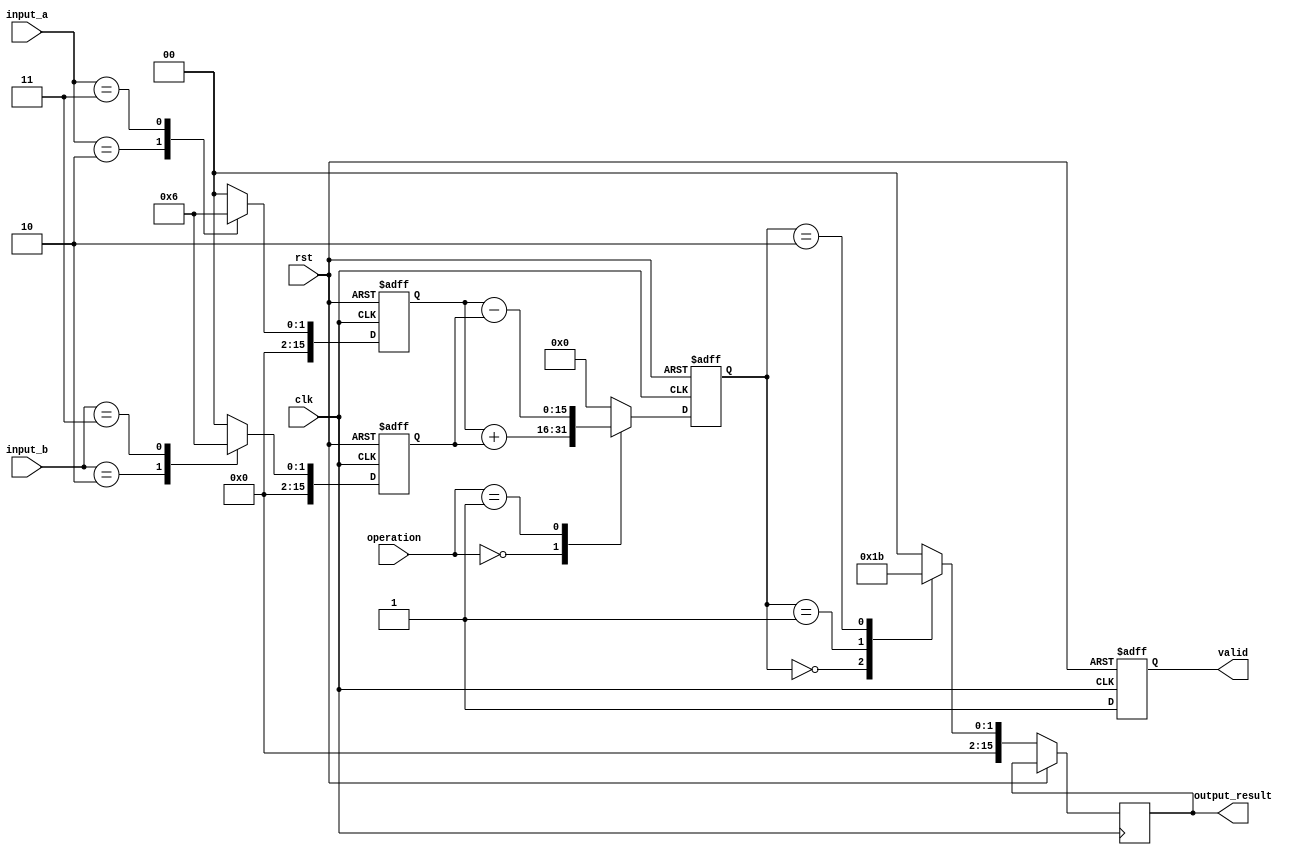
module LogarithmBasedDSPU (
    input clk,
    input rst,
    input [15:0] input_a,  // 16-bit input signal
    input [15:0] input_b,  // 16-bit input signal
    input [1:0] operation,  // 00: Add, 01: Subtract
    output reg [15:0] output_result, // 16-bit output result
    output reg valid // Output valid signal
);

    // Internal signals
    reg [15:0] log_a;
    reg [15:0] log_b;
    reg [15:0] log_result;
    
    // Logarithm Block (using a simple LUT for example)
    function [15:0] logarithm(input [15:0] x);
        // Example LUT for logarithm values
        case (x)
            16'd1: logarithm = 16'd0;
            16'd2: logarithm = 16'd1;
            16'd3: logarithm = 16'd2;
            // Add more cases as needed
            default: logarithm = 16'd0; // Default case
        endcase
    endfunction

    // Exponential Block (using a simple LUT for example)
    function [15:0] exponential(input [15:0] x);
        // Example LUT for exponential values
        case (x)
            16'd0: exponential = 16'd1;
            16'd1: exponential = 16'd2;
            16'd2: exponential = 16'd3;
            // Add more cases as needed
            default: exponential = 16'd0; // Default case
        endcase
    endfunction

    // Arithmetic Unit
    always @(posedge clk or posedge rst) begin
        if (rst) begin
            log_a <= 16'd0;
            log_b <= 16'd0;
            log_result <= 16'd0;
            valid <= 1'b0;
        end else begin
            // Calculate logarithm of inputs
            log_a <= logarithm(input_a);
            log_b <= logarithm(input_b);
            
            // Perform arithmetic operation
            case (operation)
                2'b00: log_result <= log_a + log_b; // Addition (multiplication in linear domain)
                2'b01: log_result <= log_a - log_b; // Subtraction (division in linear domain)
                default: log_result <= 16'd0;
            endcase
            
            // Convert back to linear domain
            output_result <= exponential(log_result);
            valid <= 1'b1; // Set valid signal to indicate output is ready
        end
    end

endmodule